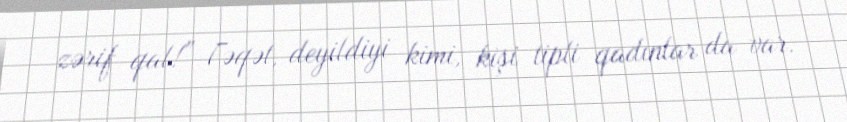
zərif qal!” Fəqət, deyildiyi kimi, kişi tipli qadınlar da var.